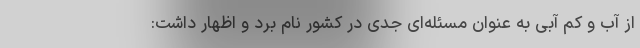
از آب و کم آبی به عنوان مسئله‌ای جدی در کشور نام برد و اظهار داشت: